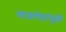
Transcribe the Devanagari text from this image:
बाजापेठांमुळे